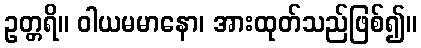
ဥတ္တရိ။ ဝါယမမာနော၊ အားထုတ်သည်ဖြစ်၍။